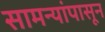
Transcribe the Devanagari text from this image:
सामन्यांपासून